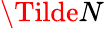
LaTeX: \Tilde{N}